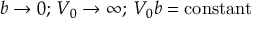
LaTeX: b \to 0 ; \, V _ { 0 } \to \infty ; \, V _ { 0 } b = \mathrm { c o n s t a n t }